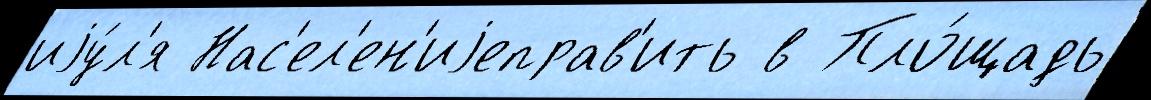
иjу́л'я Нас'ел'ен'иjеправ'ить в Пло́щадь